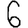
Digit: 6